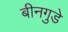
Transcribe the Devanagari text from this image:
बीनगुडे